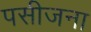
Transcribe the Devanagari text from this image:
पसीजना